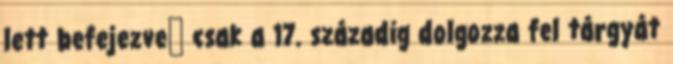
lett befejezveː csak a 17. századig dolgozza fel tárgyát